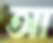
আ